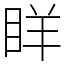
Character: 眻